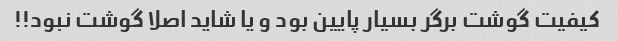
کیفیت گوشت برگر بسیار پایین بود و یا شاید اصلا گوشت نبود!!